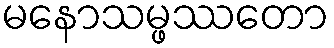
မနောသမ္ဖဿတော